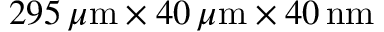
2 9 5 \, \mu \mathrm { m } \times 4 0 \, \mu \mathrm { m } \times 4 0 \, \mathrm { n m }